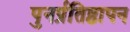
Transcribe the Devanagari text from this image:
पुनर्प्रतिष्ठापन